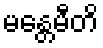
မန္တေမီတိ